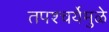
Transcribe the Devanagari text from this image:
तपश्‍चर्येमुळे